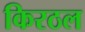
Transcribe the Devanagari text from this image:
किरठल